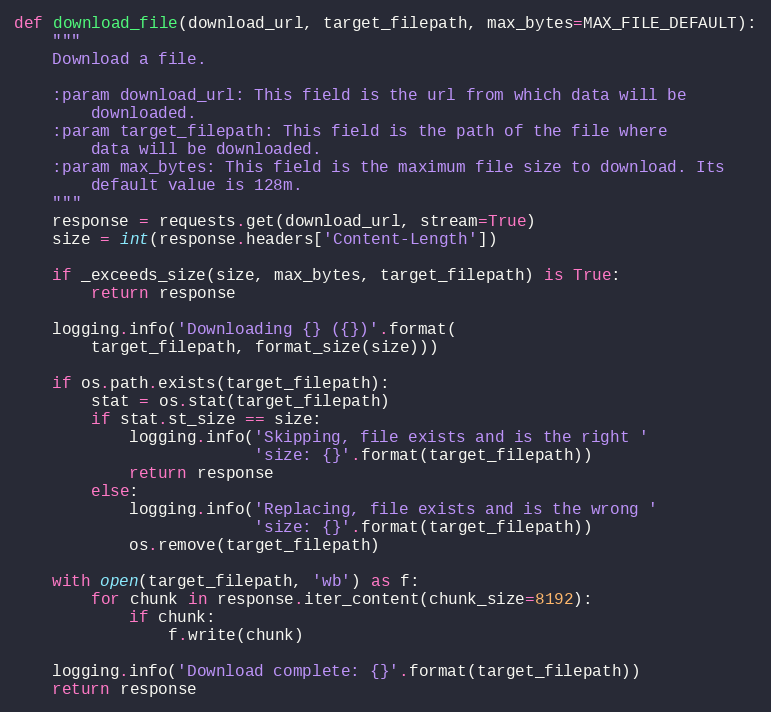
Language: Python
def download_file(download_url, target_filepath, max_bytes=MAX_FILE_DEFAULT):
    """
    Download a file.

    :param download_url: This field is the url from which data will be
        downloaded.
    :param target_filepath: This field is the path of the file where
        data will be downloaded.
    :param max_bytes: This field is the maximum file size to download. Its
        default value is 128m.
    """
    response = requests.get(download_url, stream=True)
    size = int(response.headers['Content-Length'])

    if _exceeds_size(size, max_bytes, target_filepath) is True:
        return response

    logging.info('Downloading {} ({})'.format(
        target_filepath, format_size(size)))

    if os.path.exists(target_filepath):
        stat = os.stat(target_filepath)
        if stat.st_size == size:
            logging.info('Skipping, file exists and is the right '
                         'size: {}'.format(target_filepath))
            return response
        else:
            logging.info('Replacing, file exists and is the wrong '
                         'size: {}'.format(target_filepath))
            os.remove(target_filepath)

    with open(target_filepath, 'wb') as f:
        for chunk in response.iter_content(chunk_size=8192):
            if chunk:
                f.write(chunk)

    logging.info('Download complete: {}'.format(target_filepath))
    return response